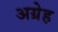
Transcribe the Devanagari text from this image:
अग्रेह